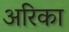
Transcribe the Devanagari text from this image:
अरिका